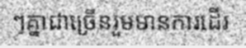
ៗគ្នាជាច្រើនរួមមានការដើរ